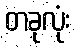
တခုလုံး